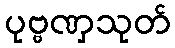
ပုဗ္ဗဏှသုတ်